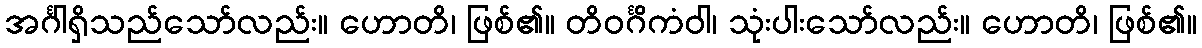
အင်္ဂါရှိသည်သော်လည်း။ ဟောတိ၊ ဖြစ်၏။ တိဝင်္ဂိကံဝါ၊ သုံးပါးသော်လည်း။ ဟောတိ၊ ဖြစ်၏။